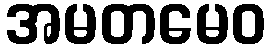
အမတမေဝ